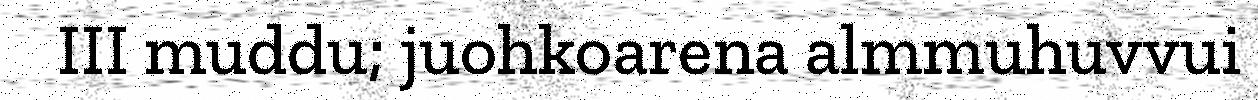
III muddu; juohkoarena almmuhuvvui